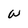
Character: w